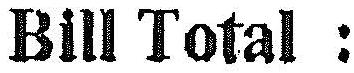
BILL TOTAL :